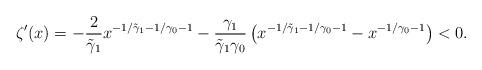
LaTeX: \begin{align*}\zeta'(x)=-\frac{2}{\tilde{\gamma}_1}x^{-1/\tilde{\gamma}_1-1/{\gamma}_0-1} - \frac{\gamma_1}{\tilde{\gamma}_1 \gamma_0} \left(x^{-1/\tilde{\gamma}_1-1/{\gamma}_0-1} -x^{-1/\gamma_0-1}\right)<0.\end{align*}